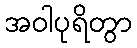
အဝါပုရိတွာ